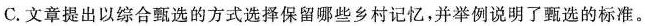
C.文章提出以综合甄选的方式选择保留哪些乡村记忆，并举例说明了甄选的标准。